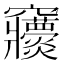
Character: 𥩒